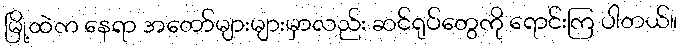
မြို့ထဲက နေရာ အတော်များများမှာလည်း ဆင်ရုပ်တွေကို ရောင်းကြ ပါတယ်။